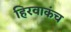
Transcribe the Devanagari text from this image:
हिरवाकंच